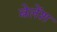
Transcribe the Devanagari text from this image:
बेलेंश